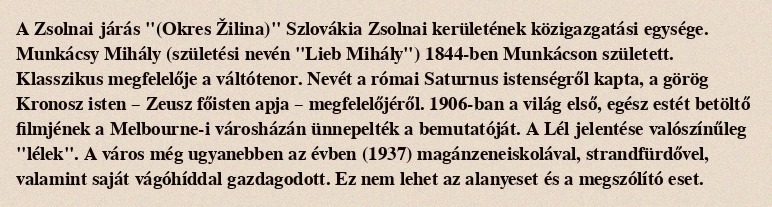
A Zsolnai járás "(Okres Žilina)" Szlovákia Zsolnai kerületének közigazgatási egysége. Munkácsy Mihály (születési nevén "Lieb Mihály") 1844-ben Munkácson született. Klasszikus megfelelője a váltótenor. Nevét a római Saturnus istenségről kapta, a görög Kronosz isten – Zeusz főisten apja – megfelelőjéről. 1906-ban a világ első, egész estét betöltő filmjének a Melbourne-i városházán ünnepelték a bemutatóját. A Lél jelentése valószínűleg "lélek". A város még ugyanebben az évben (1937) magánzeneiskolával, strandfürdővel, valamint saját vágóhíddal gazdagodott. Ez nem lehet az alanyeset és a megszólító eset.